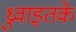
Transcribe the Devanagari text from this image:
ध्रुवाइतके